King Institute of Preventive Medicine Micro-Biological Section reports 1909-11
Year: 1909
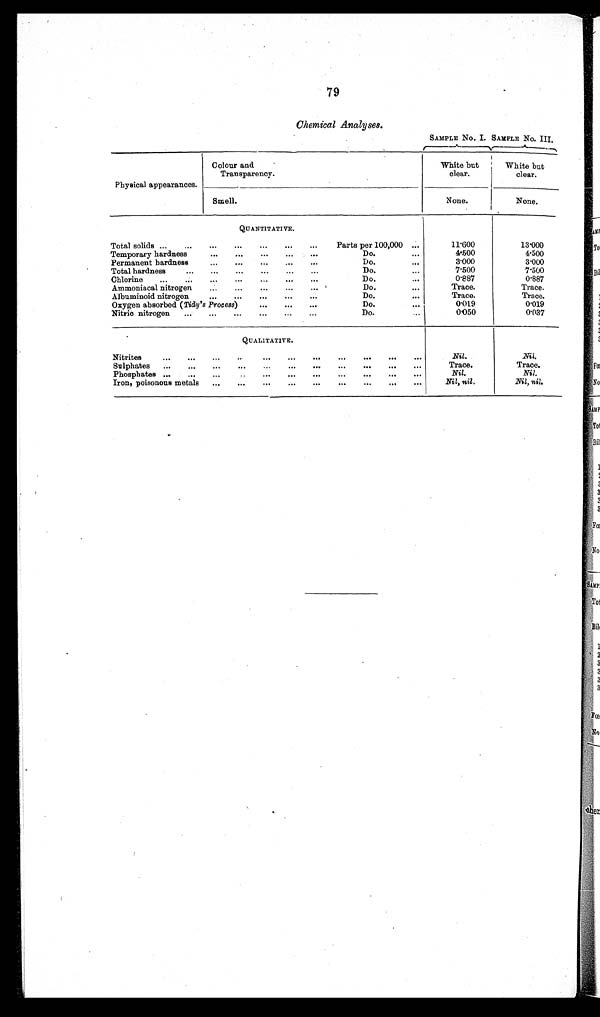
79
Chemical Analyses.